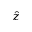
\hat { z }